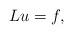
LaTeX: \begin{align*} Lu=f,\end{align*}